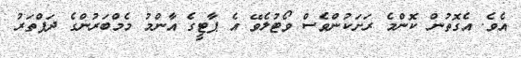
އެވެ. އެގޮތުން ކޮންމެ ރަށަކުންވެސް ވޯޓުލެވޭ އެ ޕާޓީގެ އާންމު މެމްބަރުންގެ ދަފްތަރު